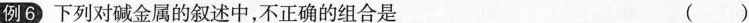
例6 下列对碱金属的叙述中，不正确的组合是 ( )